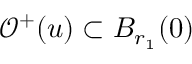
\mathcal { O } ^ { + } ( u ) \subset B _ { r _ { 1 } } ( 0 )